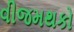
વીજમથકો